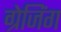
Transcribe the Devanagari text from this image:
ग्रेजिंग